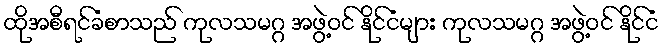
ထိုအစီရင်ခံစာသည် ကုလသမဂ္ဂ အဖွဲ့ဝင် နိုင်ငံများ ကုလသမဂ္ဂ အဖွဲ့ဝင် နိုင်ငံ